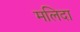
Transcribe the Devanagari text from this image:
मलिदा